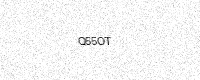
Text: Q55OT